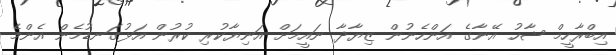
އިބްރާހީމް ޝާހު އޭނާގެ އަންހެނުން ޒިޔާދާ ނައީމަށް އަނިޔާކުރި ކުރުން އަޅުގަނޑުމެން އެންމެ